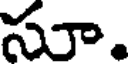
సూ.